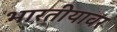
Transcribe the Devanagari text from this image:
भारतीयावर